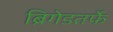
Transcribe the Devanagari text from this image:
ब्रिगेडतर्फे